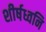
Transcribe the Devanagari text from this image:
शीर्षध्वनि